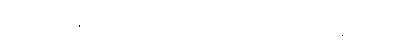
ခွင့်များကို နွားသိုးကြိုးပြတ် မိမိပိုင်ငွေဖြင့် ဟန့်တားနှောင့်ယှက်ရန်